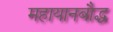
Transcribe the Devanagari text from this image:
महायानबौद्ध